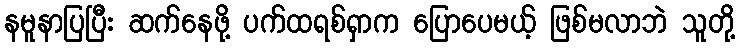
နမူနာပြပြီး ဆက်နေဖို့ ပက်ထရစ်ရှာက ပြောပေမယ့် ဖြစ်မလာဘဲ သူတို့